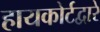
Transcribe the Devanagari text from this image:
हायकोर्टद्वारे